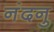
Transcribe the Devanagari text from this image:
नंदनु